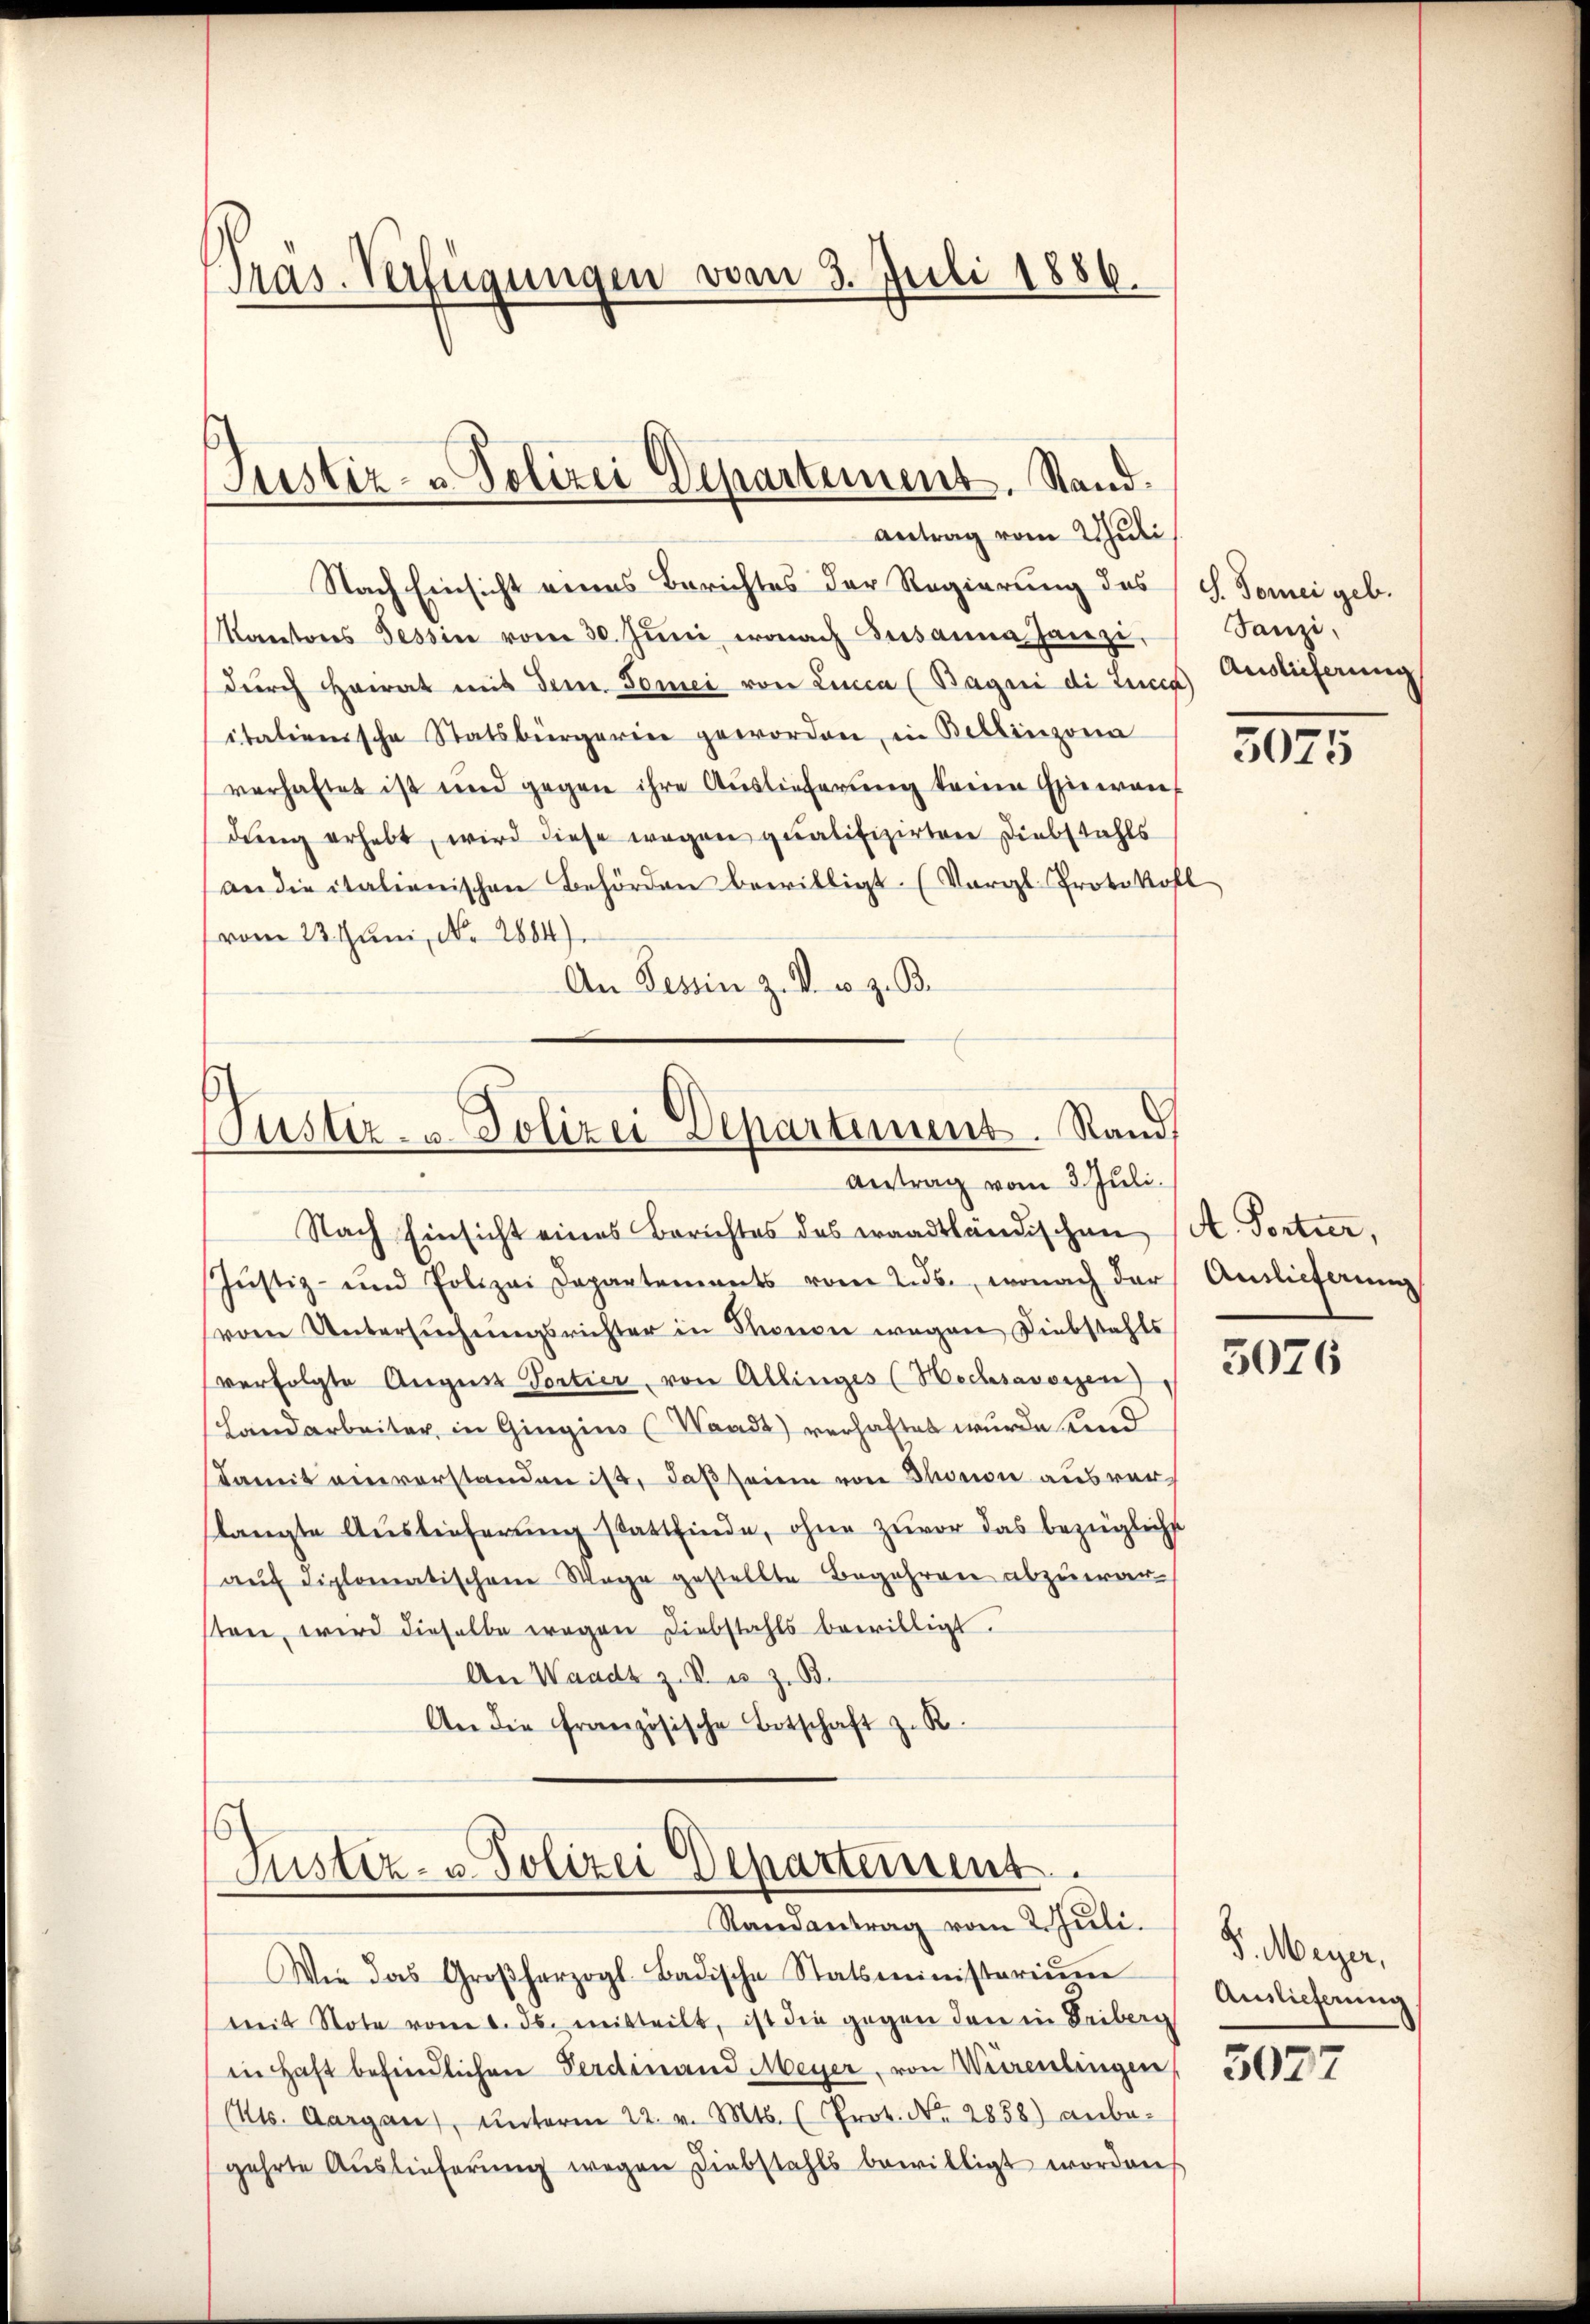
Präs. Verfügungen vom 3. Juli 1886.

Justiz- & Polizei Departement. Stand.

antrag vom Juli
Nach Einsicht eines Berichtes der Regierung des (S. Tomei geb.
Kantons Tessin vom 30. Jŭni, wonach Susanna Janzi, Sanzi,
durch Heirat mit dem Tomei von Linca (Bagei di Linie)
italienische Statsbürgerin geworden, in Bellinzona 7,0755
verhaftet ist und gegen ihre Auslieferung keine Einwan
dung erhebt, wird diese wegen qualifizirten Diebstahls
andieitalienischen Behörden bewilligt. (Vergl. Protokoll
vom 22. Juni, N. 2884).
An Tessin z. V. u. z. B.
Justiz- u. Polizei Departement. Stand

Antrag vom 3. Juli.
Nach Einsicht eines Berichtes des waadtländischen (A. Portier,

Jŭstiz- und Polizei Departements vom 2. ds., wonach der Auslieferung
(vom Untersuchungsrichter in Thonen wegen Diebstahls
verfolgte August Portier, von Allinges (Hochsavoisen
Landarbeiter, in Gingins (Waadt) verhaftet wurde und
damit einverstanden ist, daß seien von Thonon ausverlangte Auslieferung stattfinde, ohne zuvor das bezügliche
aŭf diplomatischen Wege gestellte Begehren abzuwar-
sten, wird dieselbe wegen Diebstahls bewilligt.
An Waadt z. B. u. z. B.
An die französische Botschaft z. R.
¬
Justiz- u. Polizei Departement.
Randantrag vom 2. Juli.
Wie das Großherzogl. Badische Statsministoriŭm
mit Note vom 6. ds. mitteilt, ist die gegen den in Leiberg
in Haft befindlichen Ferdinand Meyer, von Würenlingen
(Kts. Aargau, ŭnterm 22. v. Mts. (Prot. No. 2858) anbe-
gehrte Auslieferŭng wegen Diebstahls bewilligt worden

Auslieferung

3076

G. Meyer,
Auslieferung

5027